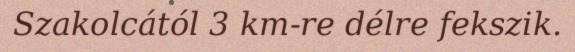
Szakolcától 3 km-re délre fekszik.